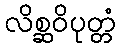
လိစ္ဆဝိပုတ္တံ